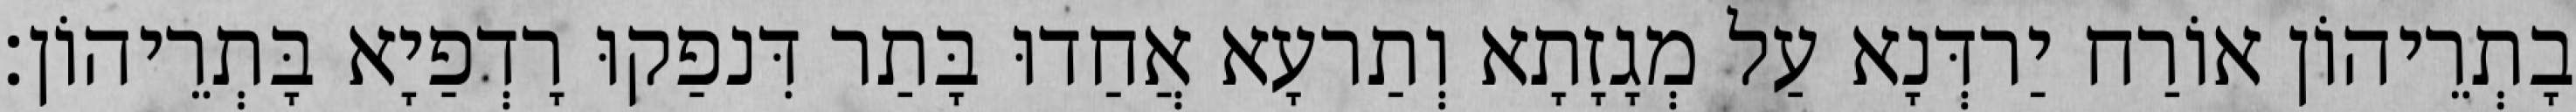
בָתְרֵיהוֹן אוֹרַח יַרדְּנָא עַל מְגָזָתָא וְתַרעָא אֲחַדוּ בָּתַר דִּנפַקוּ רָדְפַיָא בָּתְרֵיהוֹן׃